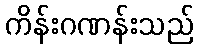
ကိန်းဂဏန်းသည်